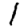
Digit: 1